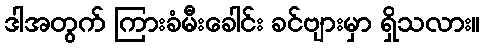
ဒါအတွက် ကြားခံမီးခေါင်း ခင်ဗျားမှာ ရှိသလား။